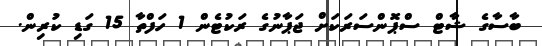
ބާސާގެ ޝާޓް ސްޕޮންސަރަކަށް ޖަޕާނުގެ ރަކުޓެން 1 ހަފްތާ 15 ގަޑި ކުރިން.